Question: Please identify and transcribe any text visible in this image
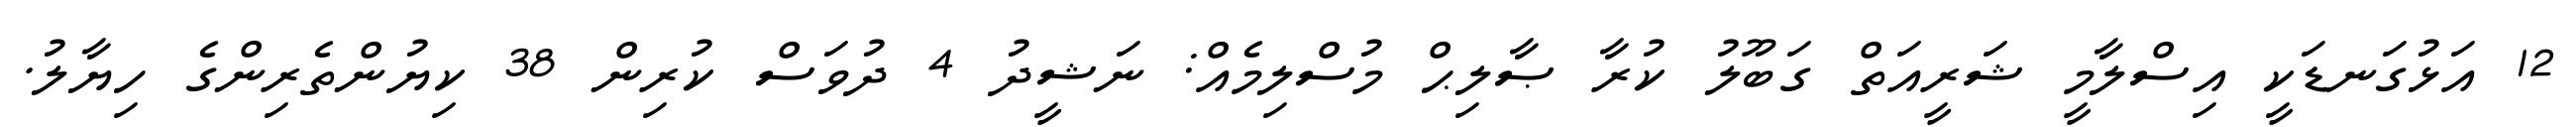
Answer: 12 އަޅުގަނޑަކީ އިސްލާމީ ޝަރީއަތް ގަބޫލު ކުރާ ޞާލިޙް މުސްލިމެއް: ނަޝީދު 4 ދުވަސް ކުރިން 38 ކިޔުންތެރިންގެ ހިޔާލު.